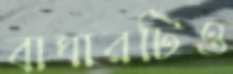
বাঘারটিও